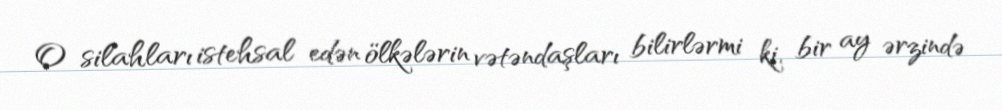
O silahları istehsal edən ölkələrin vətəndaşları bilirlərmi ki, bir ay ərzində